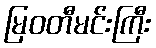
မြဝတီမင်းကြီး